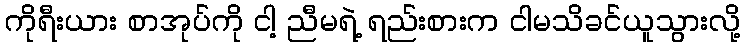
ကိုရီးယား စာအုပ်ကို ငါ့ ညီမရဲ့ ရည်းစားက ငါမသိခင်ယူသွားလို့